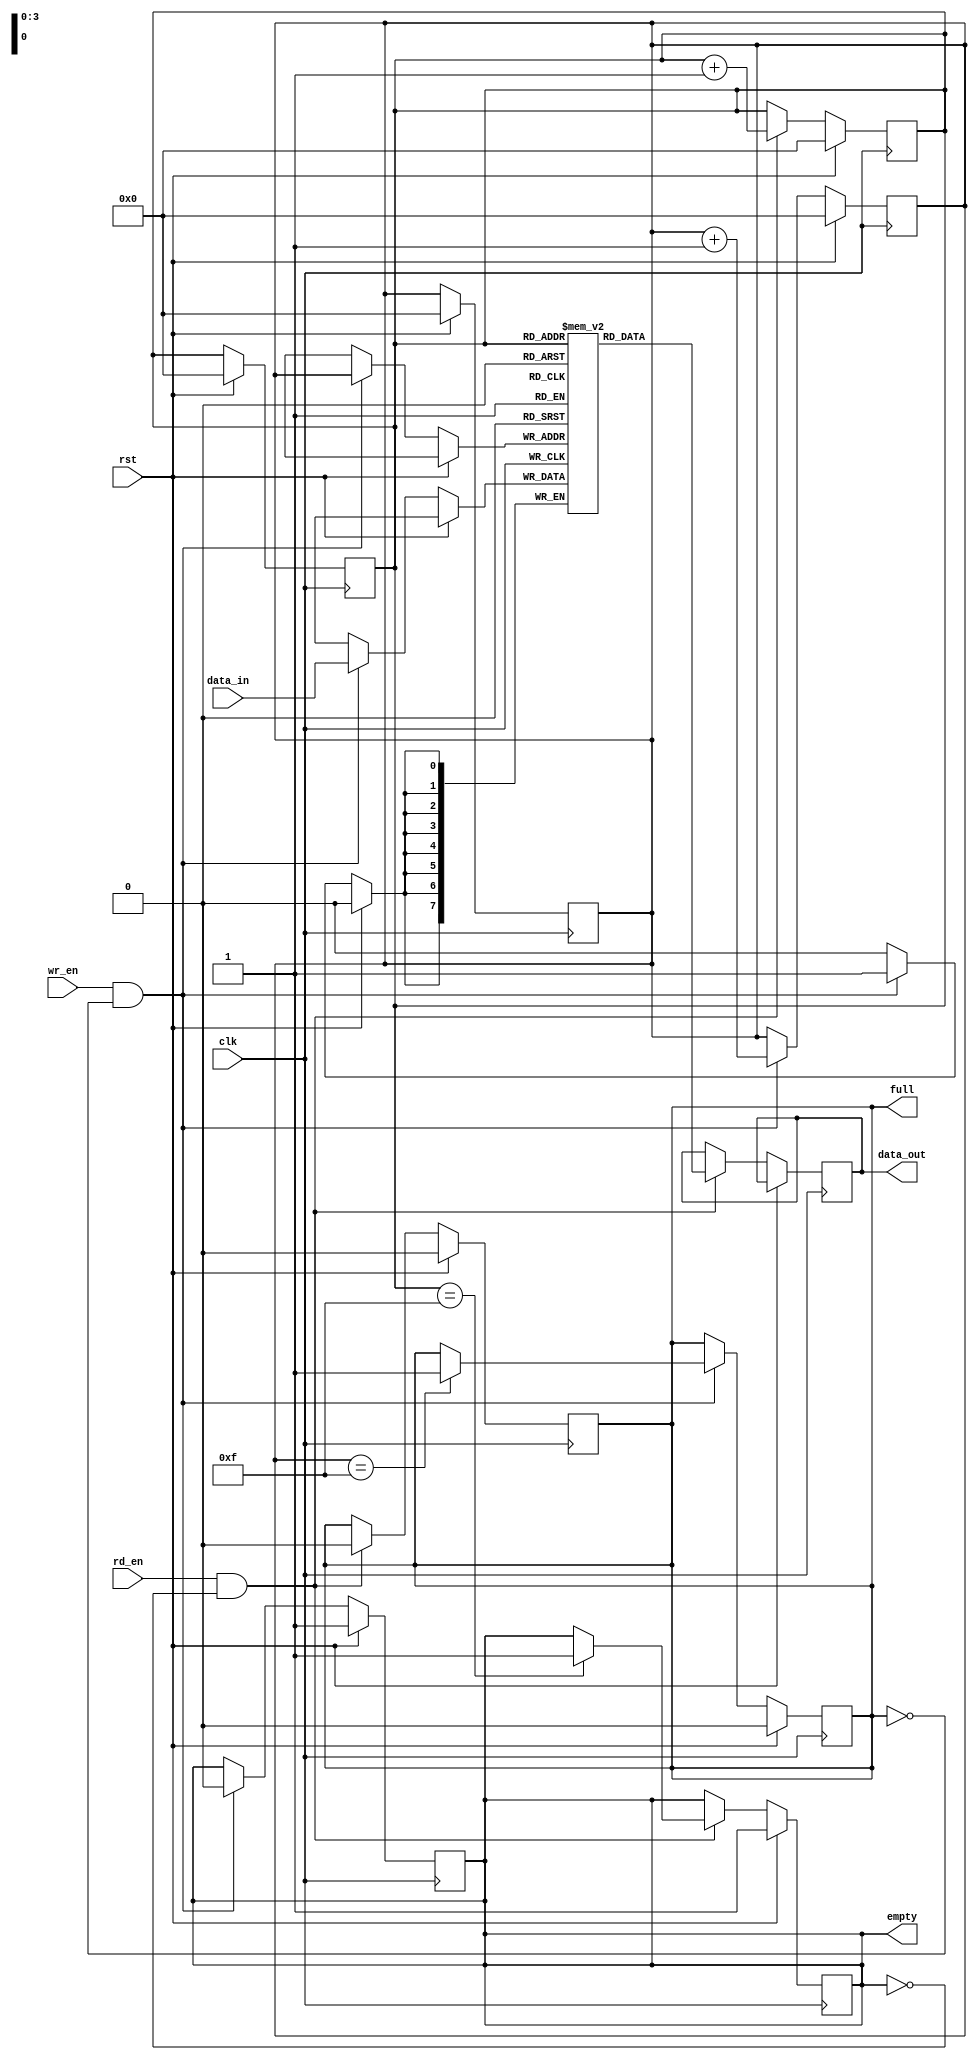
module fifo (
  input wire clk,
  input wire rst,
  input wire wr_en,
  input wire rd_en,
  input wire [7:0] data_in,
  output reg full,
  output reg empty,
  output reg [7:0] data_out
);

  reg [7:0] memory [0:15]; // FIFO memory block
  reg [3:0] wr_ptr; // write pointer
  reg [3:0] rd_ptr; // read pointer

  // Synchronous write operation
  always @(posedge clk) begin
    if (rst) begin
      wr_ptr <= 4'b0000;
      rd_ptr <= 4'b0000;
      full <= 1'b0;
      empty <= 1'b1;
    end else begin
      if (wr_en && !full) begin
        memory[wr_ptr] <= data_in;
        wr_ptr <= wr_ptr + 1;
        if (wr_ptr == 4'b1111) full <= 1'b1;
        if (empty) empty <= 1'b0;
      end
    end
  end

  // Synchronous read operation
  always @(posedge clk) begin
    if (rst) begin
      wr_ptr <= 4'b0000;
      rd_ptr <= 4'b0000;
      full <= 1'b0;
      empty <= 1'b1;
    end else begin
      if (rd_en && !empty) begin
        data_out <= memory[rd_ptr];
        rd_ptr <= rd_ptr + 1;
        if (rd_ptr == 4'b1111) empty <= 1'b1;
        if (full) full <= 1'b0;
      end
    end
  end

endmodule